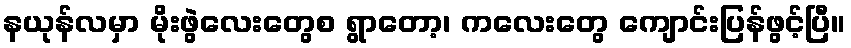
နယုန်လမှာ မိုးဖွဲလေးတွေစ ရွာတော့၊ ကလေးတွေ ကျောင်းပြန်ဖွင့်ပြီ။